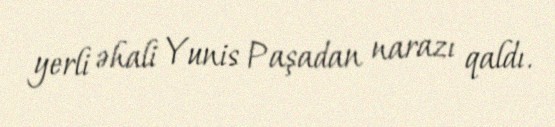
yerli əhali Yunis Paşadan narazı qaldı.